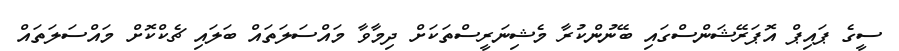
ސީގެ ޕައިޕް އޮޕަރޭޝަންސްގައި ބޭނުންކުރާ މެޝިނަރީސްތަކަށް ދިމާވާ މައްސަލަތައް ބަލައި ޗެކްކޮށް މައްސަލަތައް